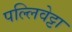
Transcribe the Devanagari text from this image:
पल्लिवेट्टा